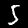
Digit: 5